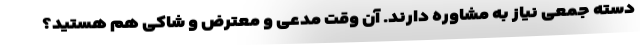
دسته جمعی نیاز به مشاوره دارند. آن وقت مدعی و معترض و شاکی هم هستید؟